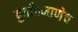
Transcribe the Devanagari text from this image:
दुर्वांप्रमाणेच